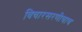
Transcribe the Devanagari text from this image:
विचारसरणीचाच